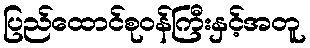
ပြည်ထောင်စုဝန်ကြီးနှင့်အတူ